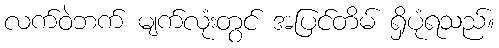
လက်ဝဲဘက် မျက်လုံးတွင် အပြင်တိမ် ရှိပုံရသည်။